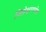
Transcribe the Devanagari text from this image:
विघ्नेश्वरगणेश